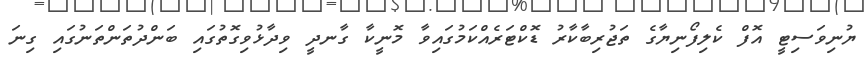
ޔުނިވަސިޓީ އޮފް ކެލިފޯނިޔާގެ ތަޖުރިބާކާރު ޑޮކްޓަރެއްކަމުގައިވާ މޮނީކާ ގާނދީ ވިދާޅުވިގޮތުގައި ބަންދުތަންތަނުގައި ގިނަ